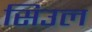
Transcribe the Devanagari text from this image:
सिउल